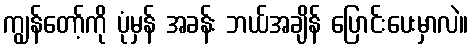
ကျွန်တော့်ကို ပုံမှန် အခန်း ဘယ်အချိန် ပြောင်းပေးမှာလဲ။